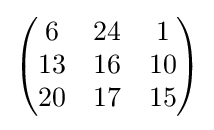
{\begin{pmatrix}6&24&1\\13&16&10\\20&17&15\end{pmatrix}}